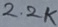
Text: 2.2K